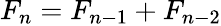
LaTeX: F_{n}=F_{n-1}+F_{n-2}